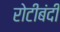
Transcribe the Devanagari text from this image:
रोटीबंदी